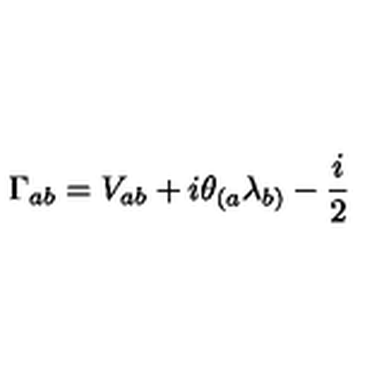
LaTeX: \Gamma _ { a b } = V _ { a b } + i \theta _ { ( a } \lambda _ { b ) } - \frac { i } { 2 }